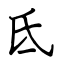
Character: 氐